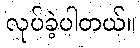
လုပ်ခဲ့ပါတယ်။